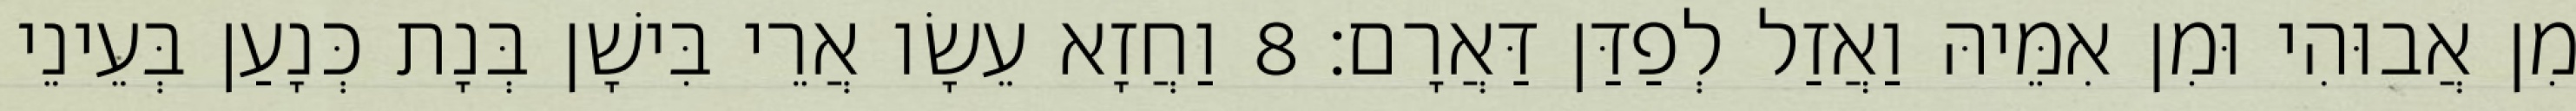
מִן אֲבוּהִי וּמִן אִמֵּיהּ וַאֲזַל לְפַדַּן דַּאֲרָם׃ 8 וַחֲזָא עֵשָׂו אֲרֵי בִּישָׁן בְּנָת כְּנָעַן בְּעֵינֵי